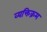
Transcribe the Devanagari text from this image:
व्यक्तिक्रम